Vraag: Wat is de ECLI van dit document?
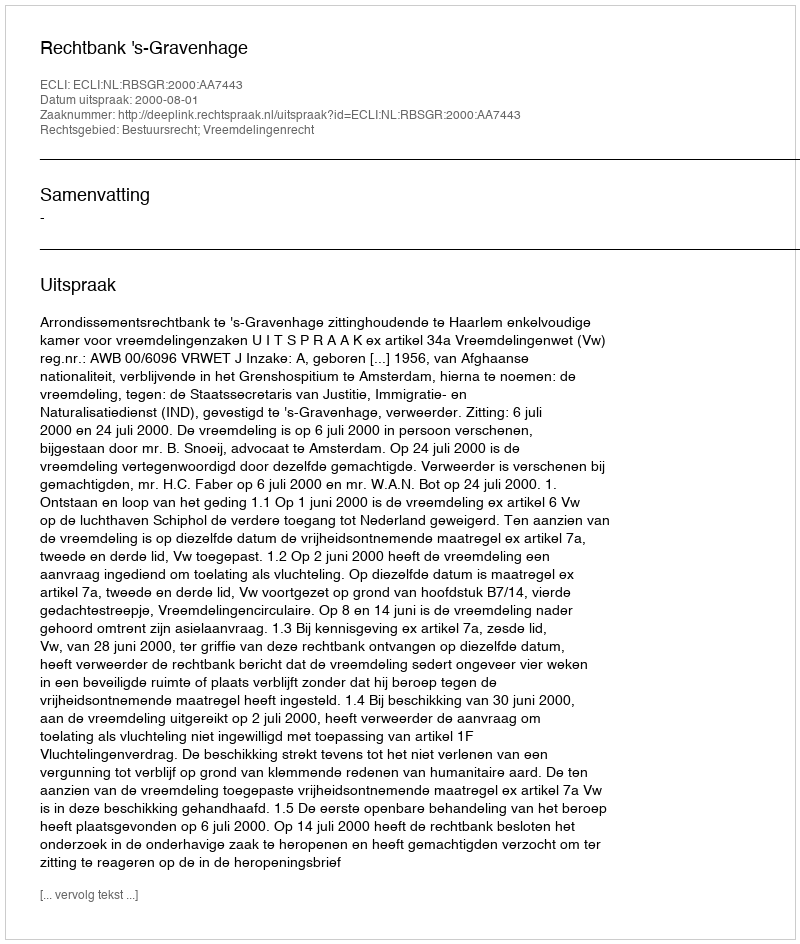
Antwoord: ECLI:NL:RBSGR:2000:AA7443